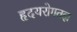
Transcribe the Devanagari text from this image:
हृदयरोगतज्ञ